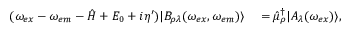
\begin{array} { r l } { ( \omega _ { e x } - \omega _ { e m } - \hat { H } + E _ { 0 } + i \eta ^ { \prime } ) | B _ { \rho \lambda } ( \omega _ { e x } , \omega _ { e m } ) \rangle } & { { } = \hat { \mu } _ { \rho } ^ { \dagger } | A _ { \lambda } ( \omega _ { e x } ) \rangle , } \end{array}